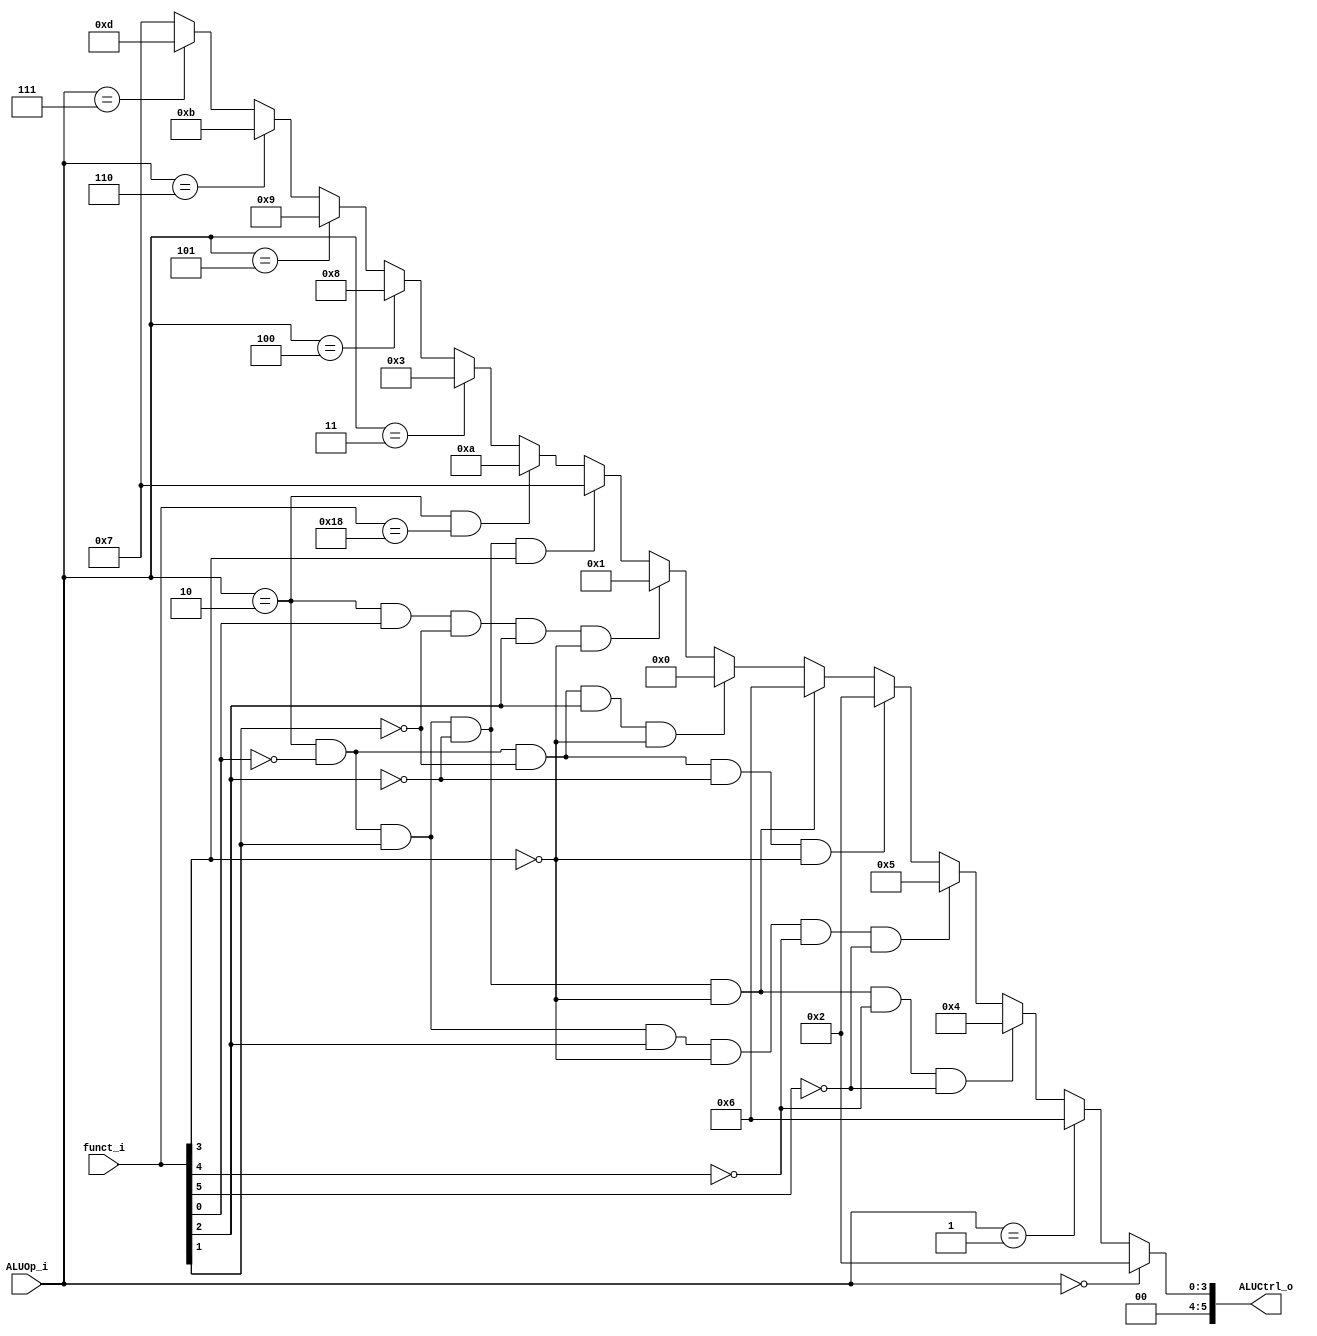
//Subject:     CO project 2 - ALU Controller
//--------------------------------------------------------------------------------
//Version:     1
//--------------------------------------------------------------------------------
//Writer:      
//----------------------------------------------
//Date:        
//----------------------------------------------
//Description: 
//--------------------------------------------------------------------------------

module ALU_Ctrl(
          funct_i,
          ALUOp_i,
          ALUCtrl_o
          );
          
//I/O ports 
input      [6-1:0] funct_i;
input      [3-1:0] ALUOp_i;

output     [6-1:0] ALUCtrl_o;    
     
//Internal Signals
reg        [6-1:0] ALUCtrl_o;

//Parameter

       
//Select exact operation

always @(funct_i or  ALUOp_i) begin
	if(ALUOp_i==0) ALUCtrl_o<=2;
	else if(ALUOp_i==1) ALUCtrl_o<=6;
	else if(ALUOp_i==2&&funct_i[0]==0&&funct_i[1]==1&&funct_i[2]==0&&funct_i[3]==0&&funct_i[4]==0&&funct_i[5]==0)
	 ALUCtrl_o<=4; 
	else if(ALUOp_i==2&&funct_i[0]==0&&funct_i[1]==1&&funct_i[2]==1&&funct_i[3]==0&&funct_i[4]==0&&funct_i[5]==0)
	 ALUCtrl_o<=5; 
	else if(ALUOp_i==2&&funct_i[0]==0&&funct_i[1]==0&&funct_i[2]==0&&funct_i[3]==0)//ADD
	 ALUCtrl_o<=2;
   else if(ALUOp_i==2&&funct_i[0]==0&&funct_i[1]==1&&funct_i[2]==0&&funct_i[3]==0)//SUB
	 ALUCtrl_o<=6;	 
	else if(ALUOp_i==2&&funct_i[0]==0&&funct_i[1]==0&&funct_i[2]==1&&funct_i[3]==0)//AND
	 ALUCtrl_o<=0;
	else if(ALUOp_i==2&&funct_i[0]==1&&funct_i[1]==0&&funct_i[2]==1&&funct_i[3]==0)//OR
	 ALUCtrl_o<=1;
   else if(ALUOp_i==2&&funct_i[0]==0&&funct_i[1]==1&&funct_i[2]==0&&funct_i[3]==1)//slt
	 ALUCtrl_o<=7;
	else if(ALUOp_i==2&&funct_i==24)//mul
    ALUCtrl_o<=10;
	else if(ALUOp_i==3)
	 ALUCtrl_o<=3; 
	 else if(ALUOp_i==4)
	 ALUCtrl_o<=8; 
	  else if(ALUOp_i==5)
	 ALUCtrl_o<=9; 
	  else if(ALUOp_i==6) // bgez(branch greater than)
	 ALUCtrl_o<=11; 
	 else if(ALUOp_i==7) // bgt(branch greater equal zero) if(rs>=0)
	 ALUCtrl_o<=13;
	 
	
	else  ALUCtrl_o<=7;
end





endmodule